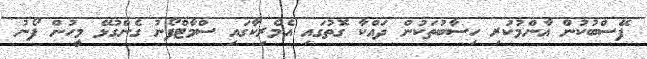
ފޭސްބުކުން އާންމުކުރި ހިސާބުތަކުން ދައްކާ ގޮތުގައި އެމެރިކާގައި ސްމާޓްފޯނު ގެންގުޅޭ މީހުން ފޯނު